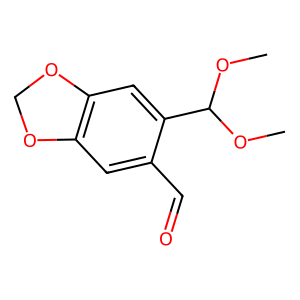
SMILES: COC(OC)c1cc2c(cc1C=O)OCO2
Inhibits HIV replication: No